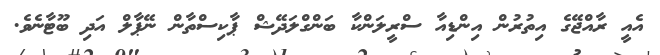
އެއީ ރާއްޖޭގެ އިތުރުން އިންޑިއާ ސްރީލަންކާ ބަންގްލަދޭޝް ޕާކިސްތާން ނޭޕާލް އަދި ބޫޓާނެވެ.